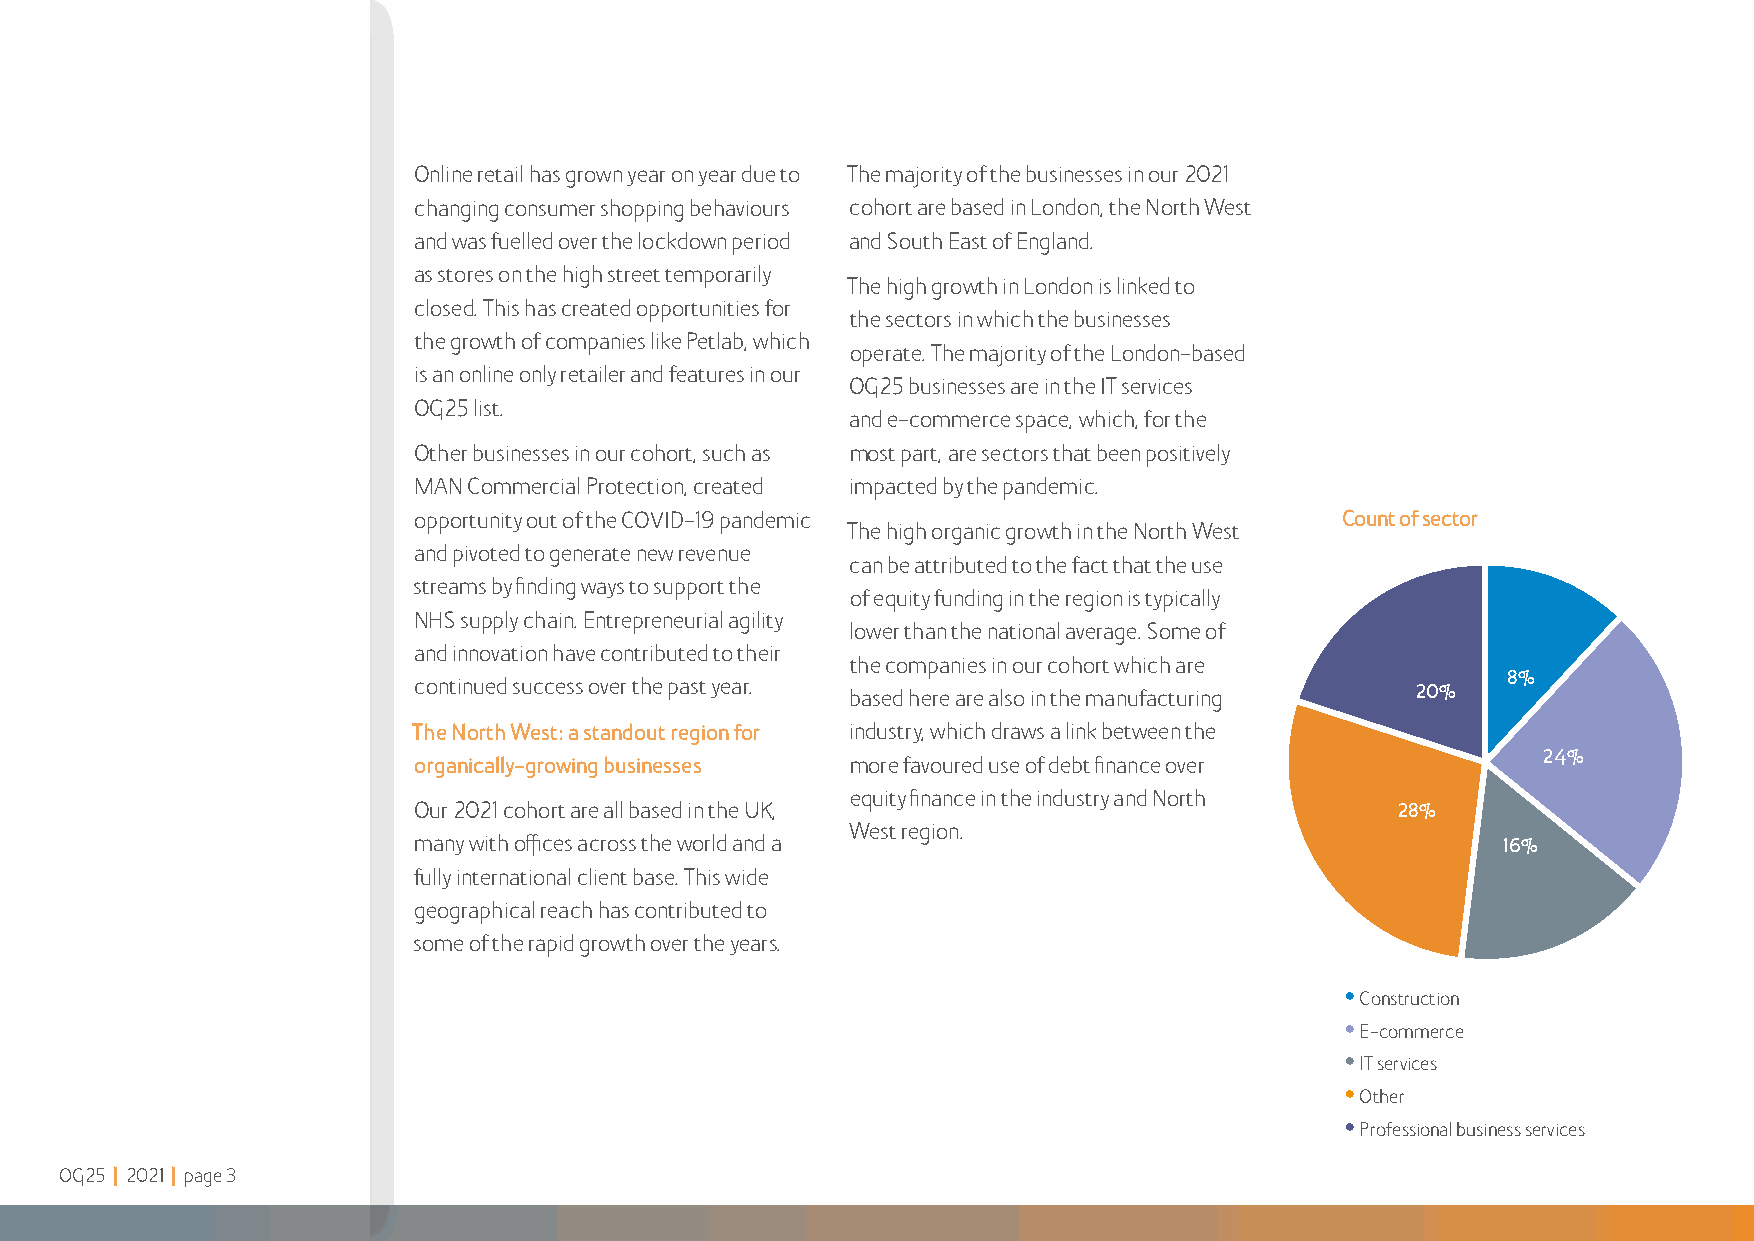
Online retail has grown year on year due to The majority of the businesses in our 2021
 changing consumer shopping behaviours cohort are based in London, the North West
 and was fuelled over the lockdown period and South East of England
 as stores on the high street temporarily
 The high growth in London is linked to
 closed This has created opportunities for
 the sectors in which the businesses
 the growth of companies like Petlab, which
 operate The majority of the London-based
 is an online only retailer and features in our
 OG25 businesses are in the IT services
 OG25 list
 and e-commerce space, which, for the
 Other businesses in our cohort, such as most part, are sectors that been positively
 MAN Commercial Protection, created impacted by the pandemic
 opportunity out of the COVID-19 pandemic                      Count of sector
 The high organic growth in the North West
 and pivoted to generate new revenue
 can be attributed to the fact that the use
 streams by finding ways to support the
 of equity funding in the region is typically
 NHS supply chain Entrepreneurial agility
 lower than the national average Some of
 and innovation have contributed to their
 the companies in our cohort which are
 8%
 continued success over the past year
 based here are also in the manufacturing 20%
 The North West: a standout region for industry, which draws a link between the
 24%
 organically-growing businesses more favoured use of debt finance over
 equity finance in the industry and North
 Our 2021 cohort are all based in the UK,                          28%
 West region
 many with offices across the world and a                                 16%
 fully international client base This wide
 geographical reach has contributed to
 some of the rapid growth over the years
 •
 Construction
 •
 E-commerce
 •
 IT services
 •
 Other
 •
 Professional business services
 OG25 | 2021 | page 3